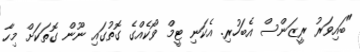
"ބައިވަރު ރީޒަންސް އެބަހުރި. އެކަނި ޓީމް ވޯކެއްގެ ގޮތުގައި ނޫން ގޮތަކަށް މިހާ